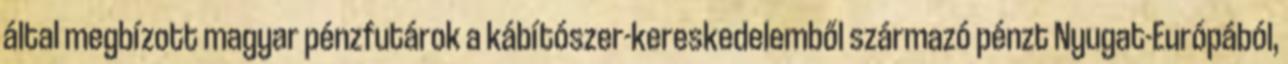
által megbízott magyar pénzfutárok a kábítószer-kereskedelemből származó pénzt Nyugat-Európából,